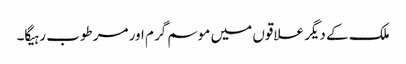
ملک کے دیگر علاقوں میں موسم گرم اور مرطوب رہیگا۔